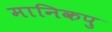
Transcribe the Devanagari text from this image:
मानिकपु